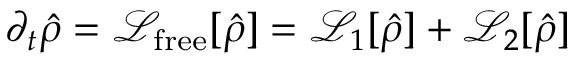
\partial _ { t } \hat { \rho } = \mathcal { L } _ { \mathrm { f r e e } } [ \hat { \rho } ] = \mathcal { L } _ { 1 } [ \hat { \rho } ] + \mathcal { L } _ { 2 } [ \hat { \rho } ]